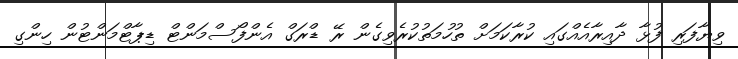
ވިޔާފަރި ފުޅާ ދާއިރާއެއްގައި ކުރާކަމަށް ތުހުމަތުކުރެވިގެން ރޭ ޑްރަގް އެންފޯސްމަންޓް ޑިޕާޓްމަންޓުން ހިންގި